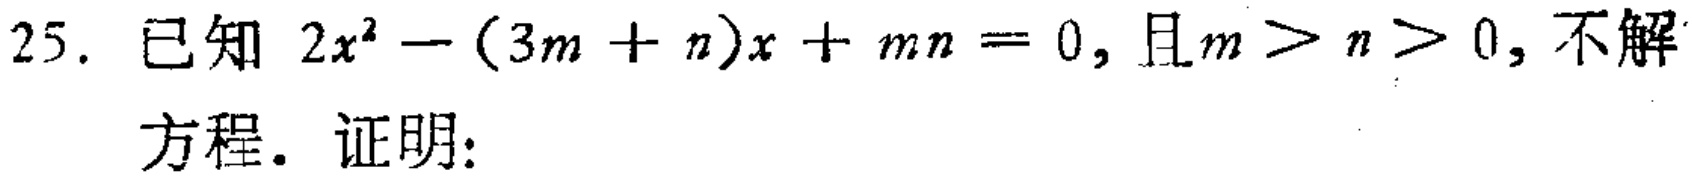
25. 已知 \(2x^{2}-(3m + n)x + mn = 0\)，且\(m>n>0\)，不解
方程. 证明：